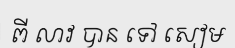
ពី លាវ បាន ទៅ សៀម